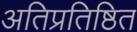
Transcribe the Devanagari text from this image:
अतिप्रतिष्ठित